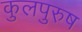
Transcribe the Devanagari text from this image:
कुलपुरुष